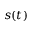
s ( t )